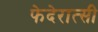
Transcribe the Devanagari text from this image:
फेदेरात्सी